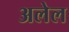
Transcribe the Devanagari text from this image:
अलेल